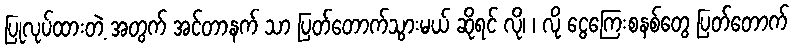
ပြုလုပ်ထားတဲ့ အတွက် အင်တာနက် သာ ပြတ်တောက်သွားမယ် ဆိုရင် လို၊ ၊ လို ငွေကြေးစနစ်တွေ ပြတ်တောက်